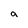
Character: a